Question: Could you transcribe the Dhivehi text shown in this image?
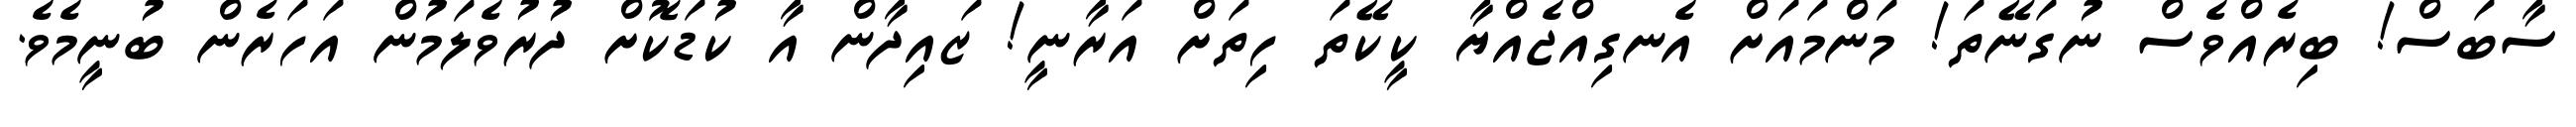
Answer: ސާބަސް! ބިރެއްވެސް ނުގަނޭތަ! މަންމައަށް އެނގިއްޖެއްޔާ ކީކޭތަ ހިތަށް އަރާނީ! ޒައިދާން އާ ކުޑަކޮށް ދުރުވެލަމުން އަހަރެން ބުނީމެވެ.